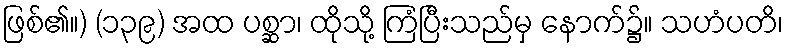
ဖြစ်၏။) (၁၃၉) အထ ပစ္ဆာ၊ ထိုသို့ ကြံပြီးသည်မှ နောက်၌။ သဟံပတိ၊